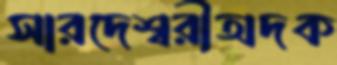
সারদেশ্বরীঅদক